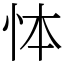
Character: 㤓